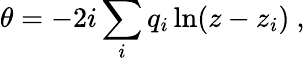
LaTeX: \theta=-2i\sum_{i}q_{i}\ln(z-z_{i})\ ,